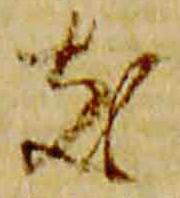
支